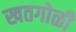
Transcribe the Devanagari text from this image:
खतगोळी